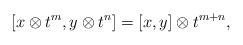
LaTeX: \begin{align*}\lbrack x\otimes t^{m},y\otimes t^{n}]=[x,y]\otimes t^{m+n},\end{align*}